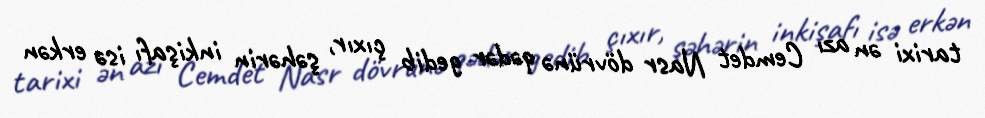
tarixi ən azı Cemdet Nasr dövrünə qədər gedib çıxır, şəhərin inkişafı isə erkən